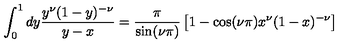
\int _ { 0 } ^ { 1 } d y \frac { y ^ { \nu } ( 1 - y ) ^ { - \nu } } { y - x } = \frac { \pi } { \sin ( \nu \pi ) } \left[ 1 - \cos ( \nu \pi ) x ^ { \nu } ( 1 - x ) ^ { - \nu } \right]